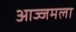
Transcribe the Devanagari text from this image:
आज्जमला